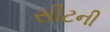
સીટની